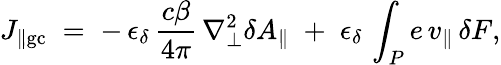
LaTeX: J_{\| \mathrm{gc}}\; =\; -\, \epsilon_{\delta}\, \frac{c\beta}{4\pi}\, \nabla_{\bot}^{2}\delta A_{\| }\; +\; \epsilon_{\delta}\, \int_{P}e\, v_{\| }\, \delta F,